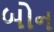
બોન